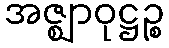
အဇ္ဈာဝုဋ္ဌဉ္စ